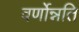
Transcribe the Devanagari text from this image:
वर्णोन्नति